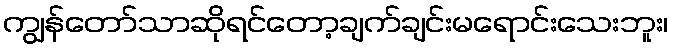
ကျွန်တော်သာဆိုရင်တော့ချက်ချင်းမရောင်းသေးဘူး၊